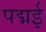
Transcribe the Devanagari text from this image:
पद्मई